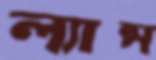
ল্যান্স